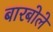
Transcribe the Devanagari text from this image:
बारबोले